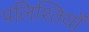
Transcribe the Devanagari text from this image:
पलिश्तियों